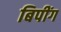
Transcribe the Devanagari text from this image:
बिपींग